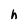
Character: h